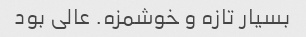
بسیار تازه و خوشمزه. عالی بود